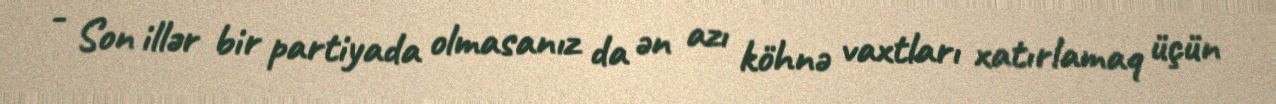
- Son illər bir partiyada olmasanız da ən azı köhnə vaxtları xatırlamaq üçün